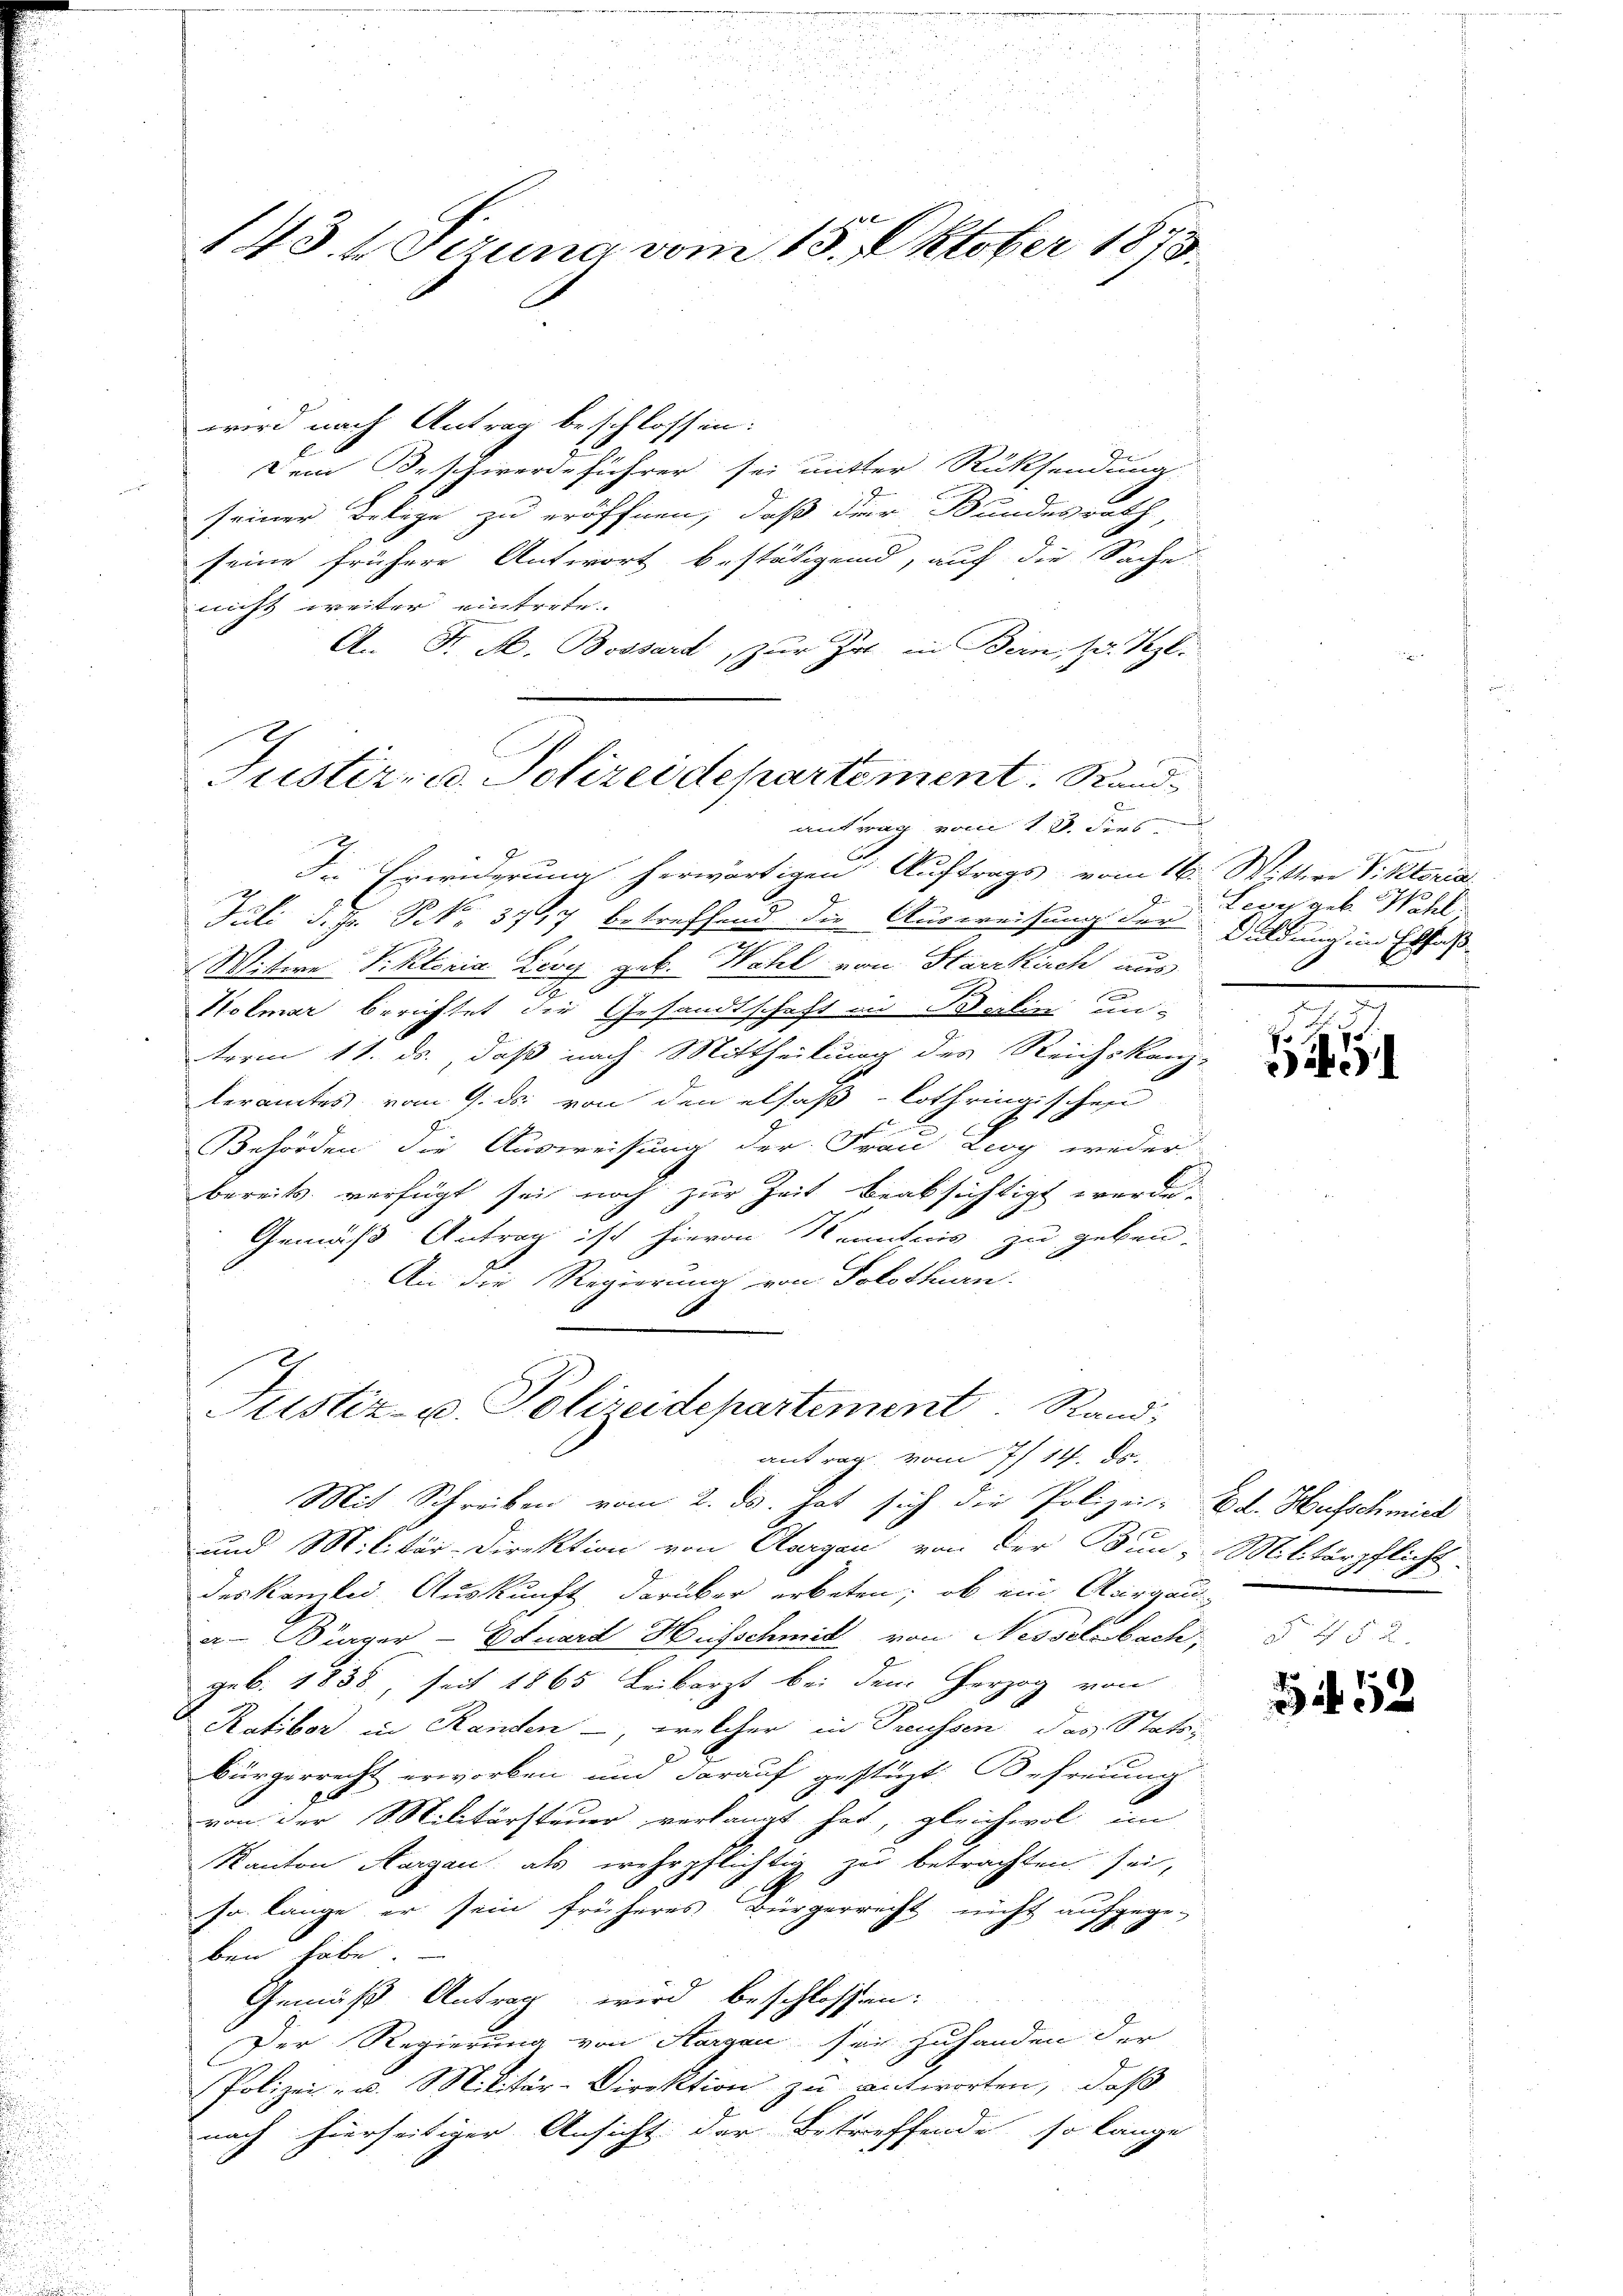
wird nach Antrag beschlossen:
dem Beschwerdeführer sei mitter Rücksendung
seiner Belege zu eröffnen, daß der Bundesrath,
seine frühere Antwort bestätigend, auf die Sache
nicht weiter eintrete.
An Fr. A. Bossard, zur hat. in Bern, zu Szl.
Justiz- u. Polizeidepartement. Sand¬

143. 4. Sezung vom 15. Oktober 1873.

In Erwiderung herwärtigen Auftrags vom 16. Wittwe Viktoria
Juli d. Js. N. 3747 betreffend die Ausweisung der Duldung im Erfas
Witwe Viktoria Lioy geb. Wahl von Harrkirch aus
Ptolmar berichtet die Gesandtschaft in Berlin unterm 11. ds., daß nach Mittheilung des Reichskanz-
leramtes vom 9. ds. von den elsaß Lothringischen
Behörden die Ausweisung der Frau Lioy weder
bereits verfügt sei noch zur Zeit beabsichtigt werde.
Gemäß Antrag ist hievon Kenntnis zu geben.
An die Regierung von Solothurn.

antrag vom 13. des

Justiz- u. Polizeidepartement. Stand,
antrag vom 7./14. ds.

Mit Schreiben vom 2. ds. hat sich die Polizei- Ed. Hufsch mich
und Militär-Direktion von Aargau von der Bun-Militärpflicht.
deskanzlei Auskunft darüber erbeten; ob ein Aargau
ar Bürger - Eduard Heisschmid von Nesslibach,
geb. 1838, seit 1865 Leibarzt bei dem Herzog von
Ratibor in Randen -, welcher in Preussen das Stattbürgerrecht erworben und darauf gestüzt. Befreuung
von der Militärsteuer verlangt hat, gleichwol im
Kanton Margau, als wehrpflichtig zu betrachten sei,
so lange er sein früheres Bürgerrecht nicht aufgegeben habe
Gemäß Antrag wird beschlossen:
Der Regierung von Horgen sei zuhanden der
Polizei u. Militär-Direktion zu antworten, daß
nach hierseitiger Ansicht der Betreffende so lange

Lesy geb. Wahl;

1

3 53